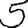
Digit: 5